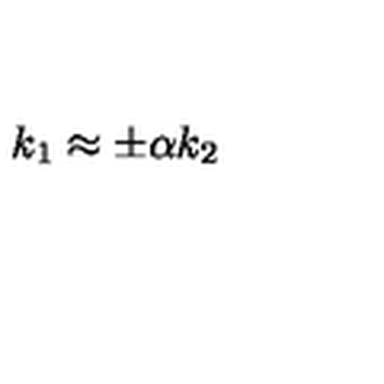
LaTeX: k _ { 1 } \approx \pm \alpha k _ { 2 }